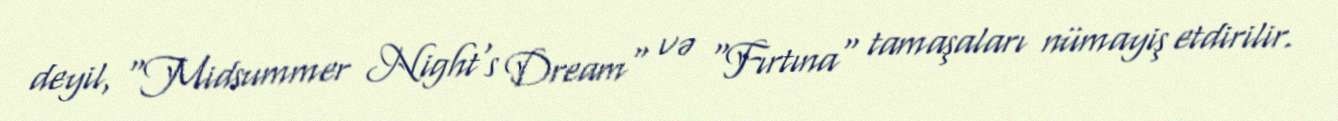
deyil, "Midsummer Night's Dream" və "Fırtına" tamaşaları nümayiş etdirilir.